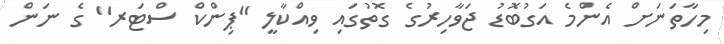
މިހާތަނަށް އެންމެ އަގުބޮޑު ޖަވާހިރުގެ ގޮތުގައި ވިއްކާލީ "ޕިންކް ސްޓަރ" ގެ ނަން